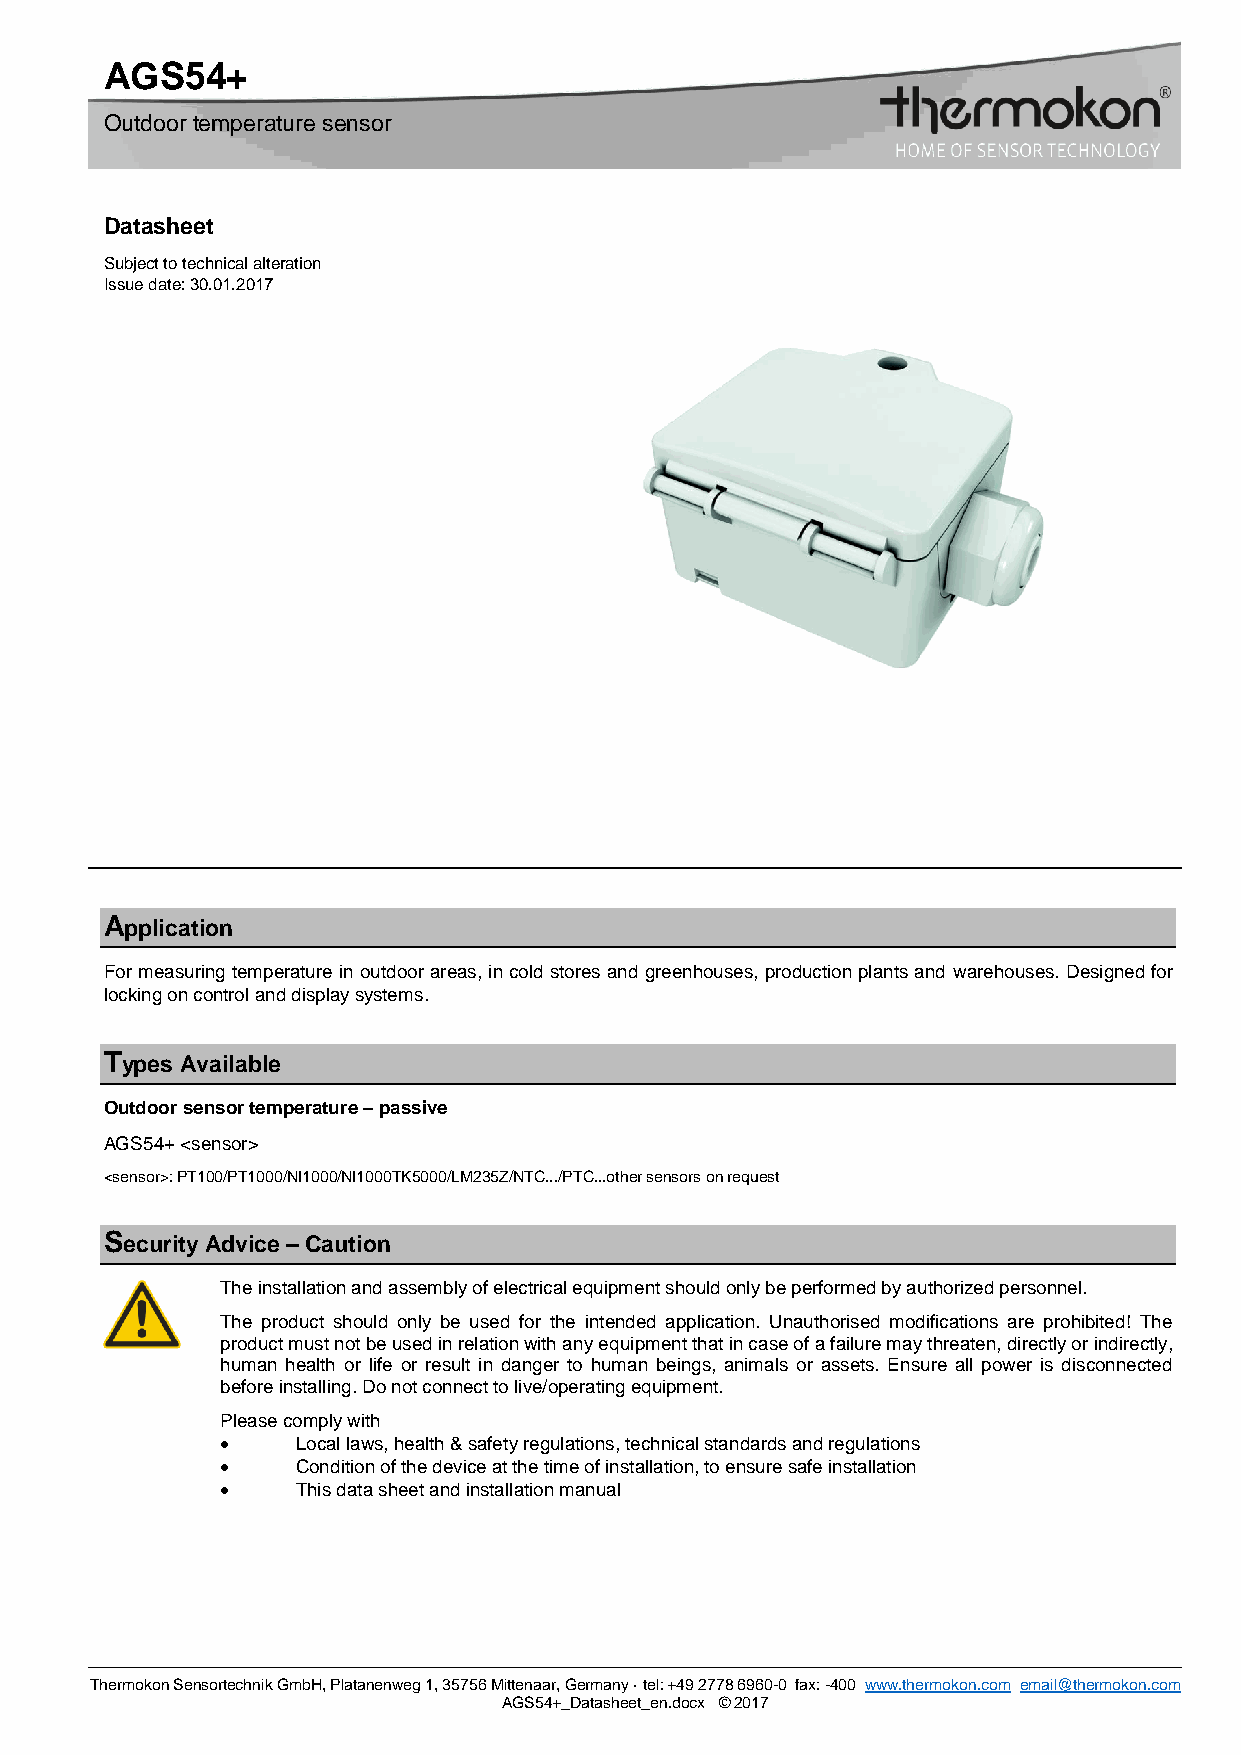
AGS54+
 Outdoor temperature sensor
 Datasheet
 Subject to technical alteration
 Issue date: 30.01.2017
 Application
 For measuring temperature in outdoor areas, in cold stores and greenhouses, production plants and warehouses. Designed for
 locking on control and display systems.
 Types Available
 Outdoor sensor temperature – passive
 AGS54+ <sensor>
 <sensor>: PT100/PT1000/NI1000/NI1000TK5000/LM235Z/NTC.../PTC...other sensors on request
 Security Advice – Caution
 The installation and assembly of electrical equipment should only be performed by authorized personnel.
 The product should only be used for the intended application. Unauthorised modifications are prohibited! The
 product must not be used in relation with any equipment that in case of a failure may threaten, directly or indirectly,
 human health or life or result in danger to human beings, animals or assets. Ensure all power is disconnected
 before installing. Do not connect to live/operating equipment.
 Please comply with
     Local laws, health & safety regulations, technical standards and regulations
     Condition of the device at the time of installation, to ensure safe installation
     This data sheet and installation manual
 Thermokon Sensortechnik GmbH, Platanenweg 1, 35756 Mittenaar, Germany · tel: +49 2778 6960-0 fax: -400 www.thermokon.com email@thermokon.com
 AGS54+_Datasheet_en.docx © 2017